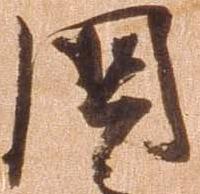
国